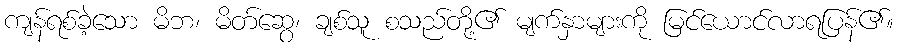
ကျန်ရစ်ခဲ့သော မိဘ၊ မိတ်ဆွေ၊ ချစ်သူ စသည်တို့၏ မျက်နှာများကို မြင်ယောင်လာရပြန်၏။